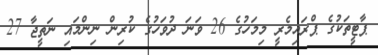
ޕާޓީތަކުގެ ޕްރައިމެރީ މިމަހުގެ 26 ވަނަ ދުވަހުގެ ކުރިން ނިންމައި ނަތީޖާ 27